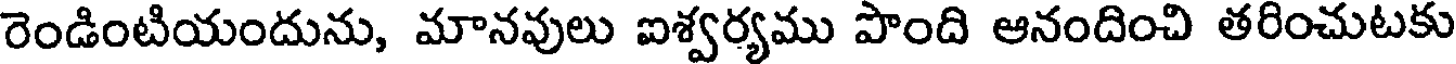
రెండింటియందును, మానవులు ఐశ్వర్యము పొంది ఆనందించి తరించుటకు